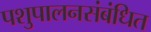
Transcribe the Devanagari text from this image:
पशुपालनसंबंधित